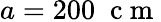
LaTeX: a=200\; \mathrm{~c~m~}